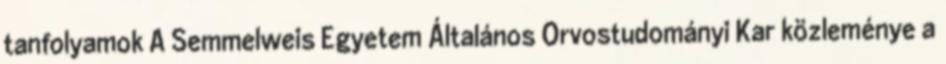
tanfolyamok A Semmelweis Egyetem Általános Orvostudományi Kar közleménye a